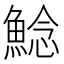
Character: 鯰